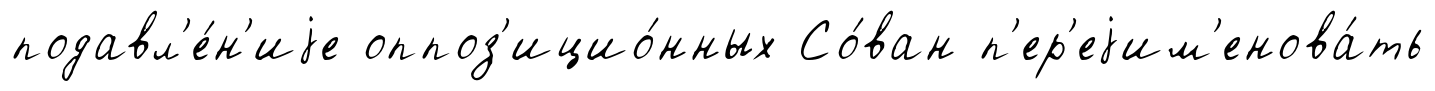
подавл'е́н'иjе оппоз'ицио́нных Со́ван п'ер'еjим'енова́ть